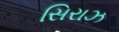
સિરાઝ